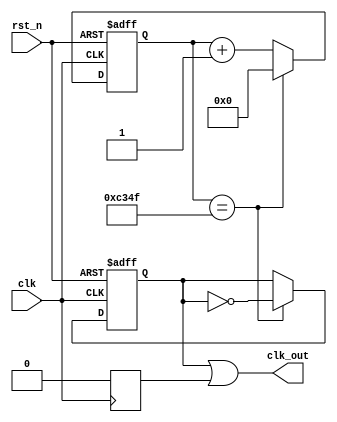
`timescale 1ns / 1ps
`define DEFAULT_PERIOD 10_0000

module clk_generator #(parameter 
    PERIOD = `DEFAULT_PERIOD
    )(
    input wire clk, rst_n,
    output wire clk_out
    );

    localparam HALF_PERIOD = (PERIOD >> 1) - 1;

    reg [31:0] cnt;
    reg posedge_clk, negedge_clk;

    always @(posedge clk, negedge rst_n) begin
        if (~rst_n) begin
            cnt <= 32'b0;
            posedge_clk <= 1'b0;
        end else begin
            case (PERIOD[0])
            1'b0:
                if (cnt == HALF_PERIOD) begin
                    posedge_clk <= ~posedge_clk;
                    cnt <= 32'b0;
                end else cnt <= cnt + 1'b1;
            1'b1:
                case (posedge_clk)
                1'b0:
                    if (cnt == HALF_PERIOD + 1) begin
                        posedge_clk <= ~posedge_clk;
                        cnt <= 32'b0;
                    end else cnt <= cnt + 1'b1;
                1'b1:
                    if (cnt == HALF_PERIOD) begin
                        posedge_clk <= ~posedge_clk;
                        cnt <= 32'b0;
                    end else cnt <= cnt + 1'b1;
                endcase
            endcase
        end    
    end

    always @(negedge clk) begin
        if (~rst_n || PERIOD[0] == 0) begin
            negedge_clk <= 1'b0;
        end else negedge_clk <= posedge_clk;
    end

    assign clk_out = (PERIOD != 1) ? (posedge_clk | negedge_clk) : clk;

endmodule